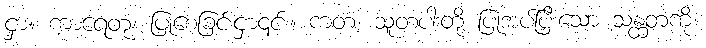
ငှာ။ ကာရေတုံ၊ ပြုစေခြင်းငှာ၎င်း။ ကတံ၊ သူတပါးတို့ ပြုအပ်ပြီးသော သန္ထတကို။